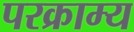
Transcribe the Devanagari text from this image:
परक्राम्‍य